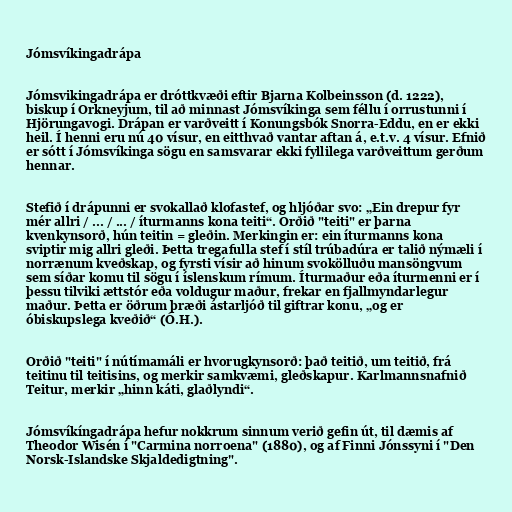
Jómsvíkingadrápa

Jómsvikingadrápa er dróttkvæði eftir Bjarna Kolbeinsson (d. 1222),
biskup í Orkneyjum, til að minnast Jómsvíkinga sem féllu í orrustunni í
Hjörungavogi. Drápan er varðveitt í Konungsbók Snorra-Eddu, en er ekki
heil. Í henni eru nú 40 vísur, en eitthvað vantar aftan á, e.t.v. 4 vísur. Efnið
er sótt í Jómsvíkinga sögu en samsvarar ekki fyllilega varðveittum gerðum
hennar.

Stefið í drápunni er svokallað klofastef, og hljóðar svo: „Ein drepur fyr
mér allri / ... / ... / íturmanns kona teiti“. Orðið "teiti" er þarna
kvenkynsorð, hún teitin = gleðin. Merkingin er: ein íturmanns kona
sviptir mig allri gleði. Þetta tregafulla stef í stíl trúbadúra er talið nýmæli í
norrænum kveðskap, og fyrsti vísir að hinum svokölluðu mansöngvum
sem síðar komu til sögu í íslenskum rímum. Íturmaður eða íturmenni er í
þessu tilviki ættstór eða voldugur maður, frekar en fjallmyndarlegur
maður. Þetta er öðrum þræði ástarljóð til giftrar konu, „og er
óbiskupslega kveðið“ (Ó.H.).

Orðið "teiti" í nútímamáli er hvorugkynsorð: það teitið, um teitið, frá
teitinu til teitisins, og merkir samkvæmi, gleðskapur. Karlmannsnafnið
Teitur, merkir „hinn káti, glaðlyndi“.

Jómsvíkíngadrápa hefur nokkrum sinnum verið gefin út, til dæmis af
Theodor Wisén í "Carmina norroena" (1880), og af Finni Jónssyni í "Den
Norsk-Islandske Skjaldedigtning".